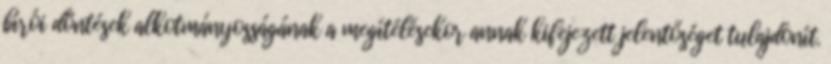
bírói döntések alkotmányosságának a megítélésekor annak kifejezett jelentőséget tulajdonít.